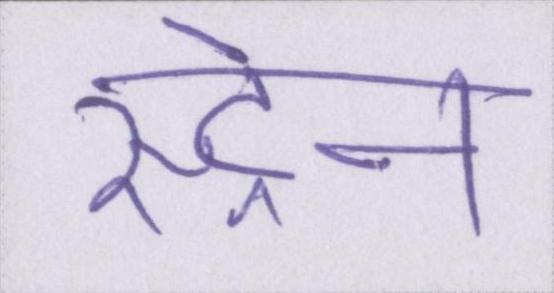
स्ट्रेन